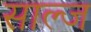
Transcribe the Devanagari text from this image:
साल्ज